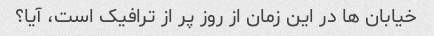
خیابان ها در این زمان از روز پر از ترافیک است، آیا؟